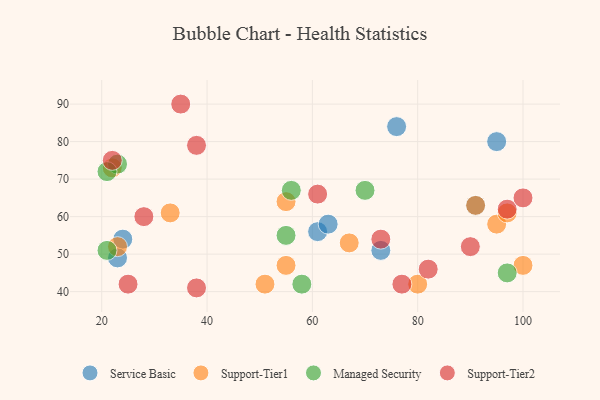
{"axis": {"x": "GDP", "y": "Life Expectancy"}, "legend": ["Managed Security", "Service Basic", "Support-Tier1", "Support-Tier2"], "data": [{"x": "73", "y": 51, "type": "Service Basic"}, {"x": "61", "y": 56, "type": "Service Basic"}, {"x": "63", "y": 58, "type": "Service Basic"}, {"x": "24", "y": 54, "type": "Service Basic"}, {"x": "91", "y": 63, "type": "Service Basic"}, {"x": "76", "y": 84, "type": "Service Basic"}, {"x": "95", "y": 80, "type": "Service Basic"}, {"x": "23", "y": 49, "type": "Service Basic"}, {"x": "55", "y": 64, "type": "Support-Tier1"}, {"x": "95", "y": 58, "type": "Support-Tier1"}, {"x": "100", "y": 47, "type": "Support-Tier1"}, {"x": "97", "y": 61, "type": "Support-Tier1"}, {"x": "67", "y": 53, "type": "Support-Tier1"}, {"x": "51", "y": 42, "type": "Support-Tier1"}, {"x": "23", "y": 52, "type": "Support-Tier1"}, {"x": "33", "y": 61, "type": "Support-Tier1"}, {"x": "80", "y": 42, "type": "Support-Tier1"}, {"x": "91", "y": 63, "type": "Support-Tier1"}, {"x": "22", "y": 73, "type": "Support-Tier1"}, {"x": "55", "y": 47, "type": "Support-Tier1"}, {"x": "23", "y": 74, "type": "Managed Security"}, {"x": "21", "y": 51, "type": "Managed Security"}, {"x": "21", "y": 72, "type": "Managed Security"}, {"x": "58", "y": 42, "type": "Managed Security"}, {"x": "55", "y": 55, "type": "Managed Security"}, {"x": "56", "y": 67, "type": "Managed Security"}, {"x": "97", "y": 45, "type": "Managed Security"}, {"x": "70", "y": 67, "type": "Managed Security"}, {"x": "82", "y": 46, "type": "Support-Tier2"}, {"x": "35", "y": 90, "type": "Support-Tier2"}, {"x": "25", "y": 42, "type": "Support-Tier2"}, {"x": "73", "y": 54, "type": "Support-Tier2"}, {"x": "28", "y": 60, "type": "Support-Tier2"}, {"x": "97", "y": 62, "type": "Support-Tier2"}, {"x": "61", "y": 66, "type": "Support-Tier2"}, {"x": "77", "y": 42, "type": "Support-Tier2"}, {"x": "38", "y": 79, "type": "Support-Tier2"}, {"x": "22", "y": 75, "type": "Support-Tier2"}, {"x": "90", "y": 52, "type": "Support-Tier2"}, {"x": "100", "y": 65, "type": "Support-Tier2"}, {"x": "38", "y": 41, "type": "Support-Tier2"}]}